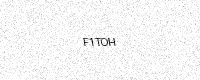
Text: F1TOH